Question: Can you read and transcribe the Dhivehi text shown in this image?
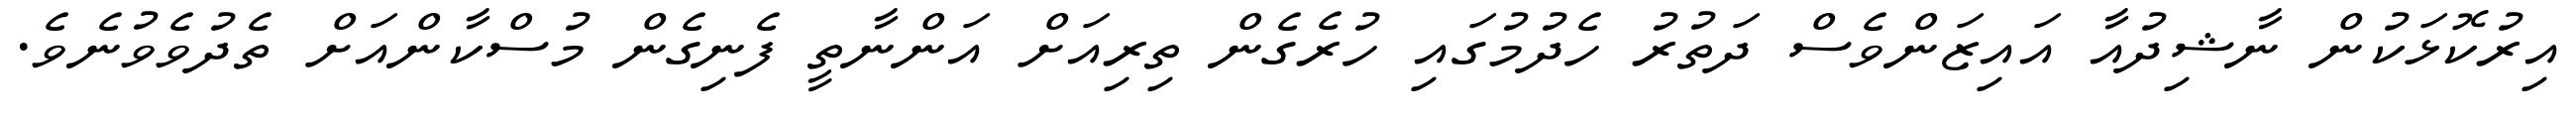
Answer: އިރުކޮޅަކުން ނާޝިދުއާ އައިޒަންވެސް ދަތުރު ހެދުމުގައި ހުރެގެން ތިރިއަށް އަންނާތީ ފެނިގެން މުސްކާންއަށް ތެދުވެވުނެވެ.